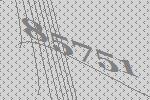
85751